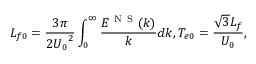
{ { L } _ { f 0 } } = \frac { 3 \pi } { 2 { { U } _ { 0 } } ^ { 2 } } \int _ { 0 } ^ { \infty } { \frac { { { E } ^ { \mathrm { ~ N ~ S ~ } } } ( k ) } { k } d k } , { { T } _ { e 0 } } = \frac { \sqrt { 3 } { { L } _ { f } } } { { { U } _ { 0 } } } ,